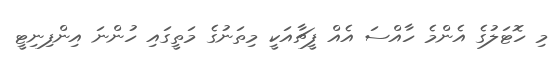
މި ހޮޓަލުގެ އެންމެ ހާއްސަ އެއް ފީޗާއަކީ މިތަނުގެ މަތީގައި ހުންނަ އިންފިނިޓީ